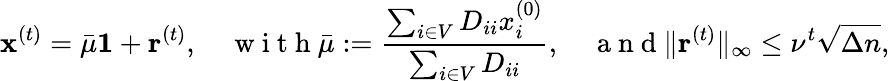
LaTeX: \mathbf{x}^{(t)}=\bar{\mu}\mathbf{1}+\mathbf{r}^{(t)},\quad\mathrm{~w~i~t~h~}\bar{\mu}:=\frac{\sum_{i\in V}D_{ii}x_{i}^{(0)}}{\sum_{i\in V}D_{ii}},\quad\mathrm{~a~n~d~}\| \mathbf{r}^{(t)}\| _{\infty}\leq\nu^{t}\sqrt{\Delta n},